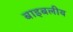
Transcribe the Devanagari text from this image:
बाइबलीय